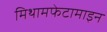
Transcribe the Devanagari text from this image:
मिथामफेटामाइन